Annual report of the Bengal Veterinary College and of the Civil Veterinary Department, Bengal, for the year 1912-1913 - 1912-1913
Year: 1912
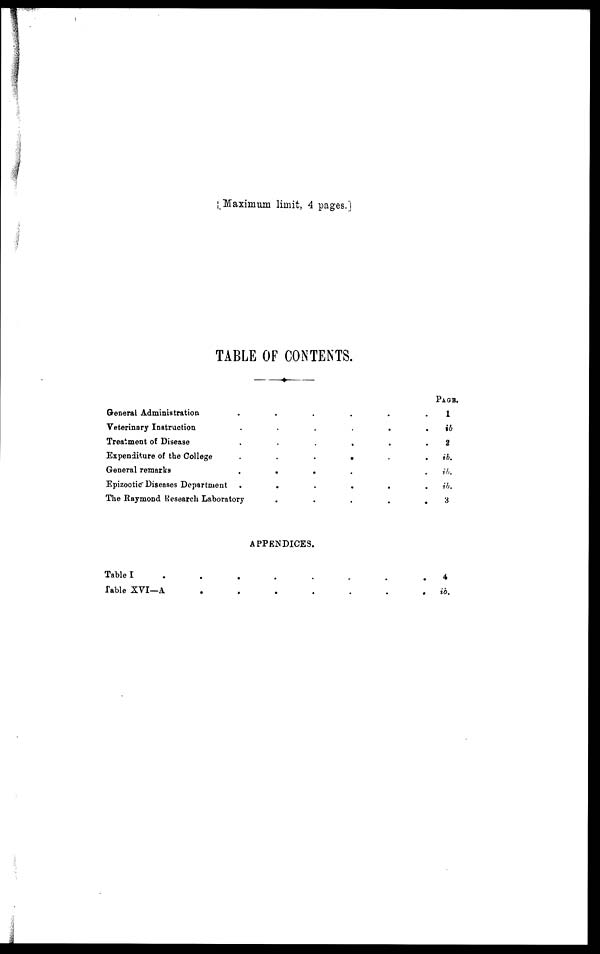
[ Maximum limit, 4 pages.]
TABLE OF CONTENTS.
General Administration
..........
Veterinary Instruction
......
Treatment of Disease
......
Expenditure of the College
......
General remarks
....
Epizootic Diseases Department
......
The Raymond Research Laboratory
.....
APPENDICES.
Table I
........
Table XVI—A
.......
Page.
1
ib
2
ib.
ib.
ib.
3
4
ib.